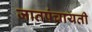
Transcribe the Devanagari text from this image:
जातपंचायती